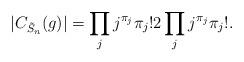
LaTeX: \begin{align*}|C_{\tilde{S}_n}(g)|=\prod_jj^{\pi_j}\pi_j!2\prod_jj^{\pi_j}\pi_j!.\end{align*}